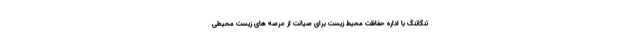
تنگاتنگ با اداره حفاظت محیط زیست برای صیانت از عرصه های زیست محیطی